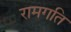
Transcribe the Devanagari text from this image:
रामगति